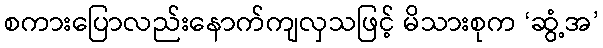
စကားပြောလည်းနောက်ကျလှသဖြင့် မိသားစုက ‘ဆွံ့အ’